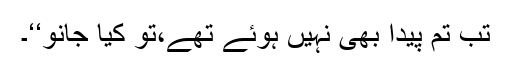
تب تم پیدا بھی نہیں ہوئے تھے،تو کیا جانو‘‘۔